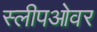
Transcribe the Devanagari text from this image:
स्लीपओवर